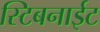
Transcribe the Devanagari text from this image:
स्टिबनाईट